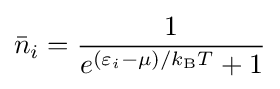
{\bar {n}}_{i}={\frac {1}{e^{(\varepsilon _{i}-\mu )/k_{\text{B}}T}+1}}